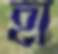
হা